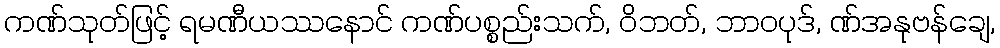
ကဏ်သုတ်ဖြင့် ရမဏီယဿနောင် ကဏ်ပစ္စည်းသက်, ဝိဘတ်, ဘာဝပုဒ်, ဏ်အနုဗန်ချေ,